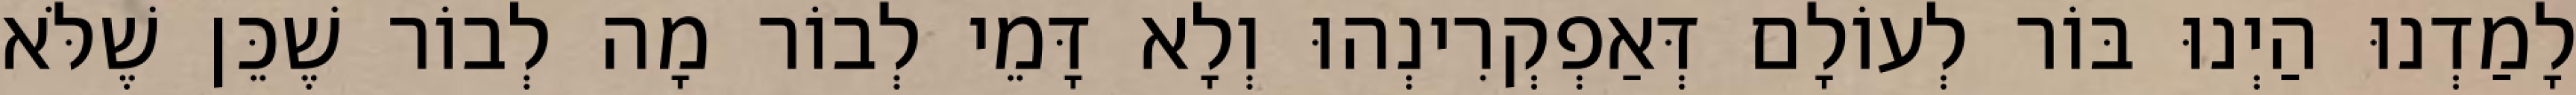
לָמַדְנוּ הַיְנוּ בּוֹר לְעוֹלָם דְּאַפְקְרִינְהוּ וְלָא דָּמֵי לְבוֹר מָה לְבוֹר שֶׁכֵּן שֶׁלֹּא